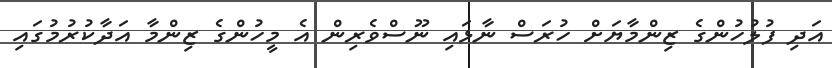
އަދި ފުލުހުންގެ ޒިންމާޔަށް ހުރަސް ނާޅައި ނޫސްވެރިން އެ މީހުންގެ ޒިންމާ އަދާކުރުމުގައި